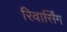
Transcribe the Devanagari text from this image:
रिवार्सिंग